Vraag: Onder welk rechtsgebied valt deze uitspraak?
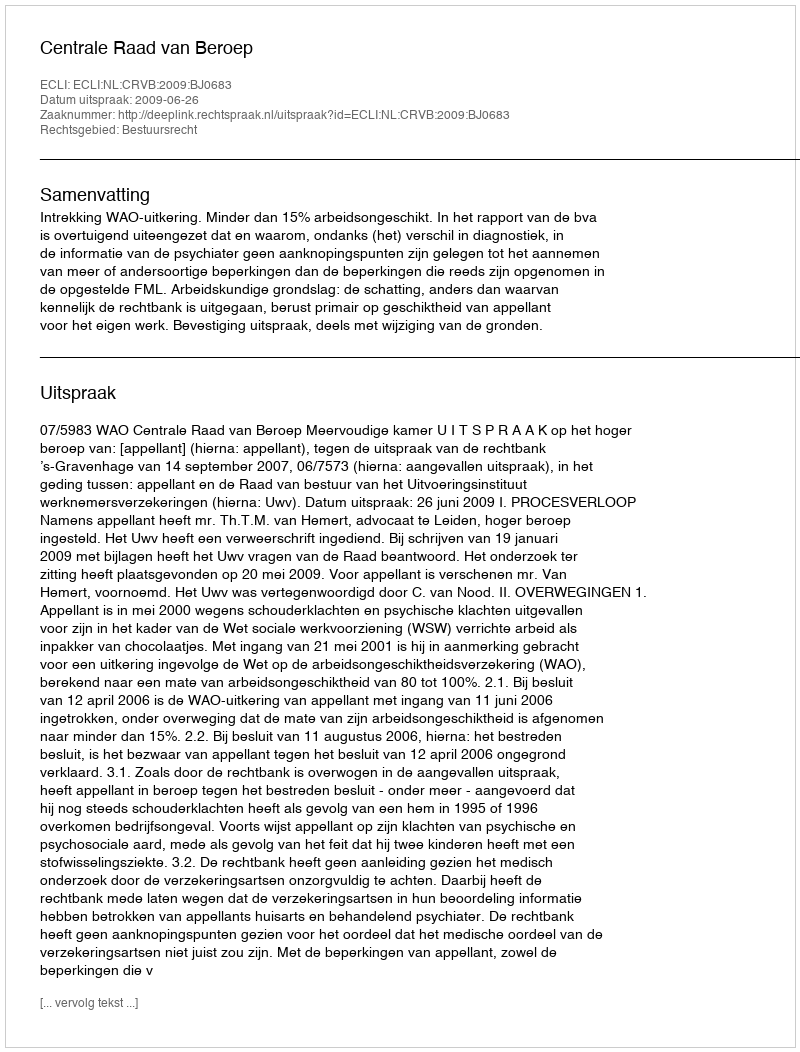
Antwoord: Bestuursrecht